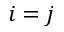
i = j